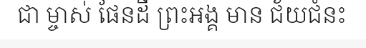
ជា ម្ចាស់ ផែនដី ព្រះអង្គ មាន ជ័យជំនះ